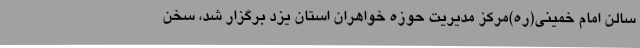
سالن امام خمینی(ره)مرکز مدیریت حوزه خواهران استان یزد برگزار شد، سخن